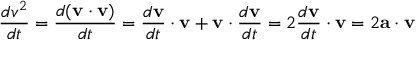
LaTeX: { \frac { d v ^ { 2 } } { d t } } = { \frac { d ( \mathbf { v } \cdot \mathbf { v } ) } { d t } } = { \frac { d \mathbf { v } } { d t } } \cdot \mathbf { v } + \mathbf { v } \cdot { \frac { d \mathbf { v } } { d t } } = 2 { \frac { d \mathbf { v } } { d t } } \cdot \mathbf { v } = 2 \mathbf { a } \cdot \mathbf { v }